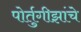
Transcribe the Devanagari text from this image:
पोर्तुगीझांचे